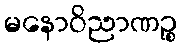
မနောဝိညာဏဉ္စ